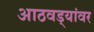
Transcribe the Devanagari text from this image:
आठवड्यांवर